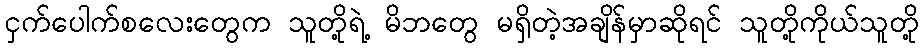
ငှက်ပေါက်စလေးတွေက သူတို့ရဲ့ မိဘတွေ မရှိတဲ့အချိန်မှာဆိုရင် သူတို့ကိုယ်သူတို့